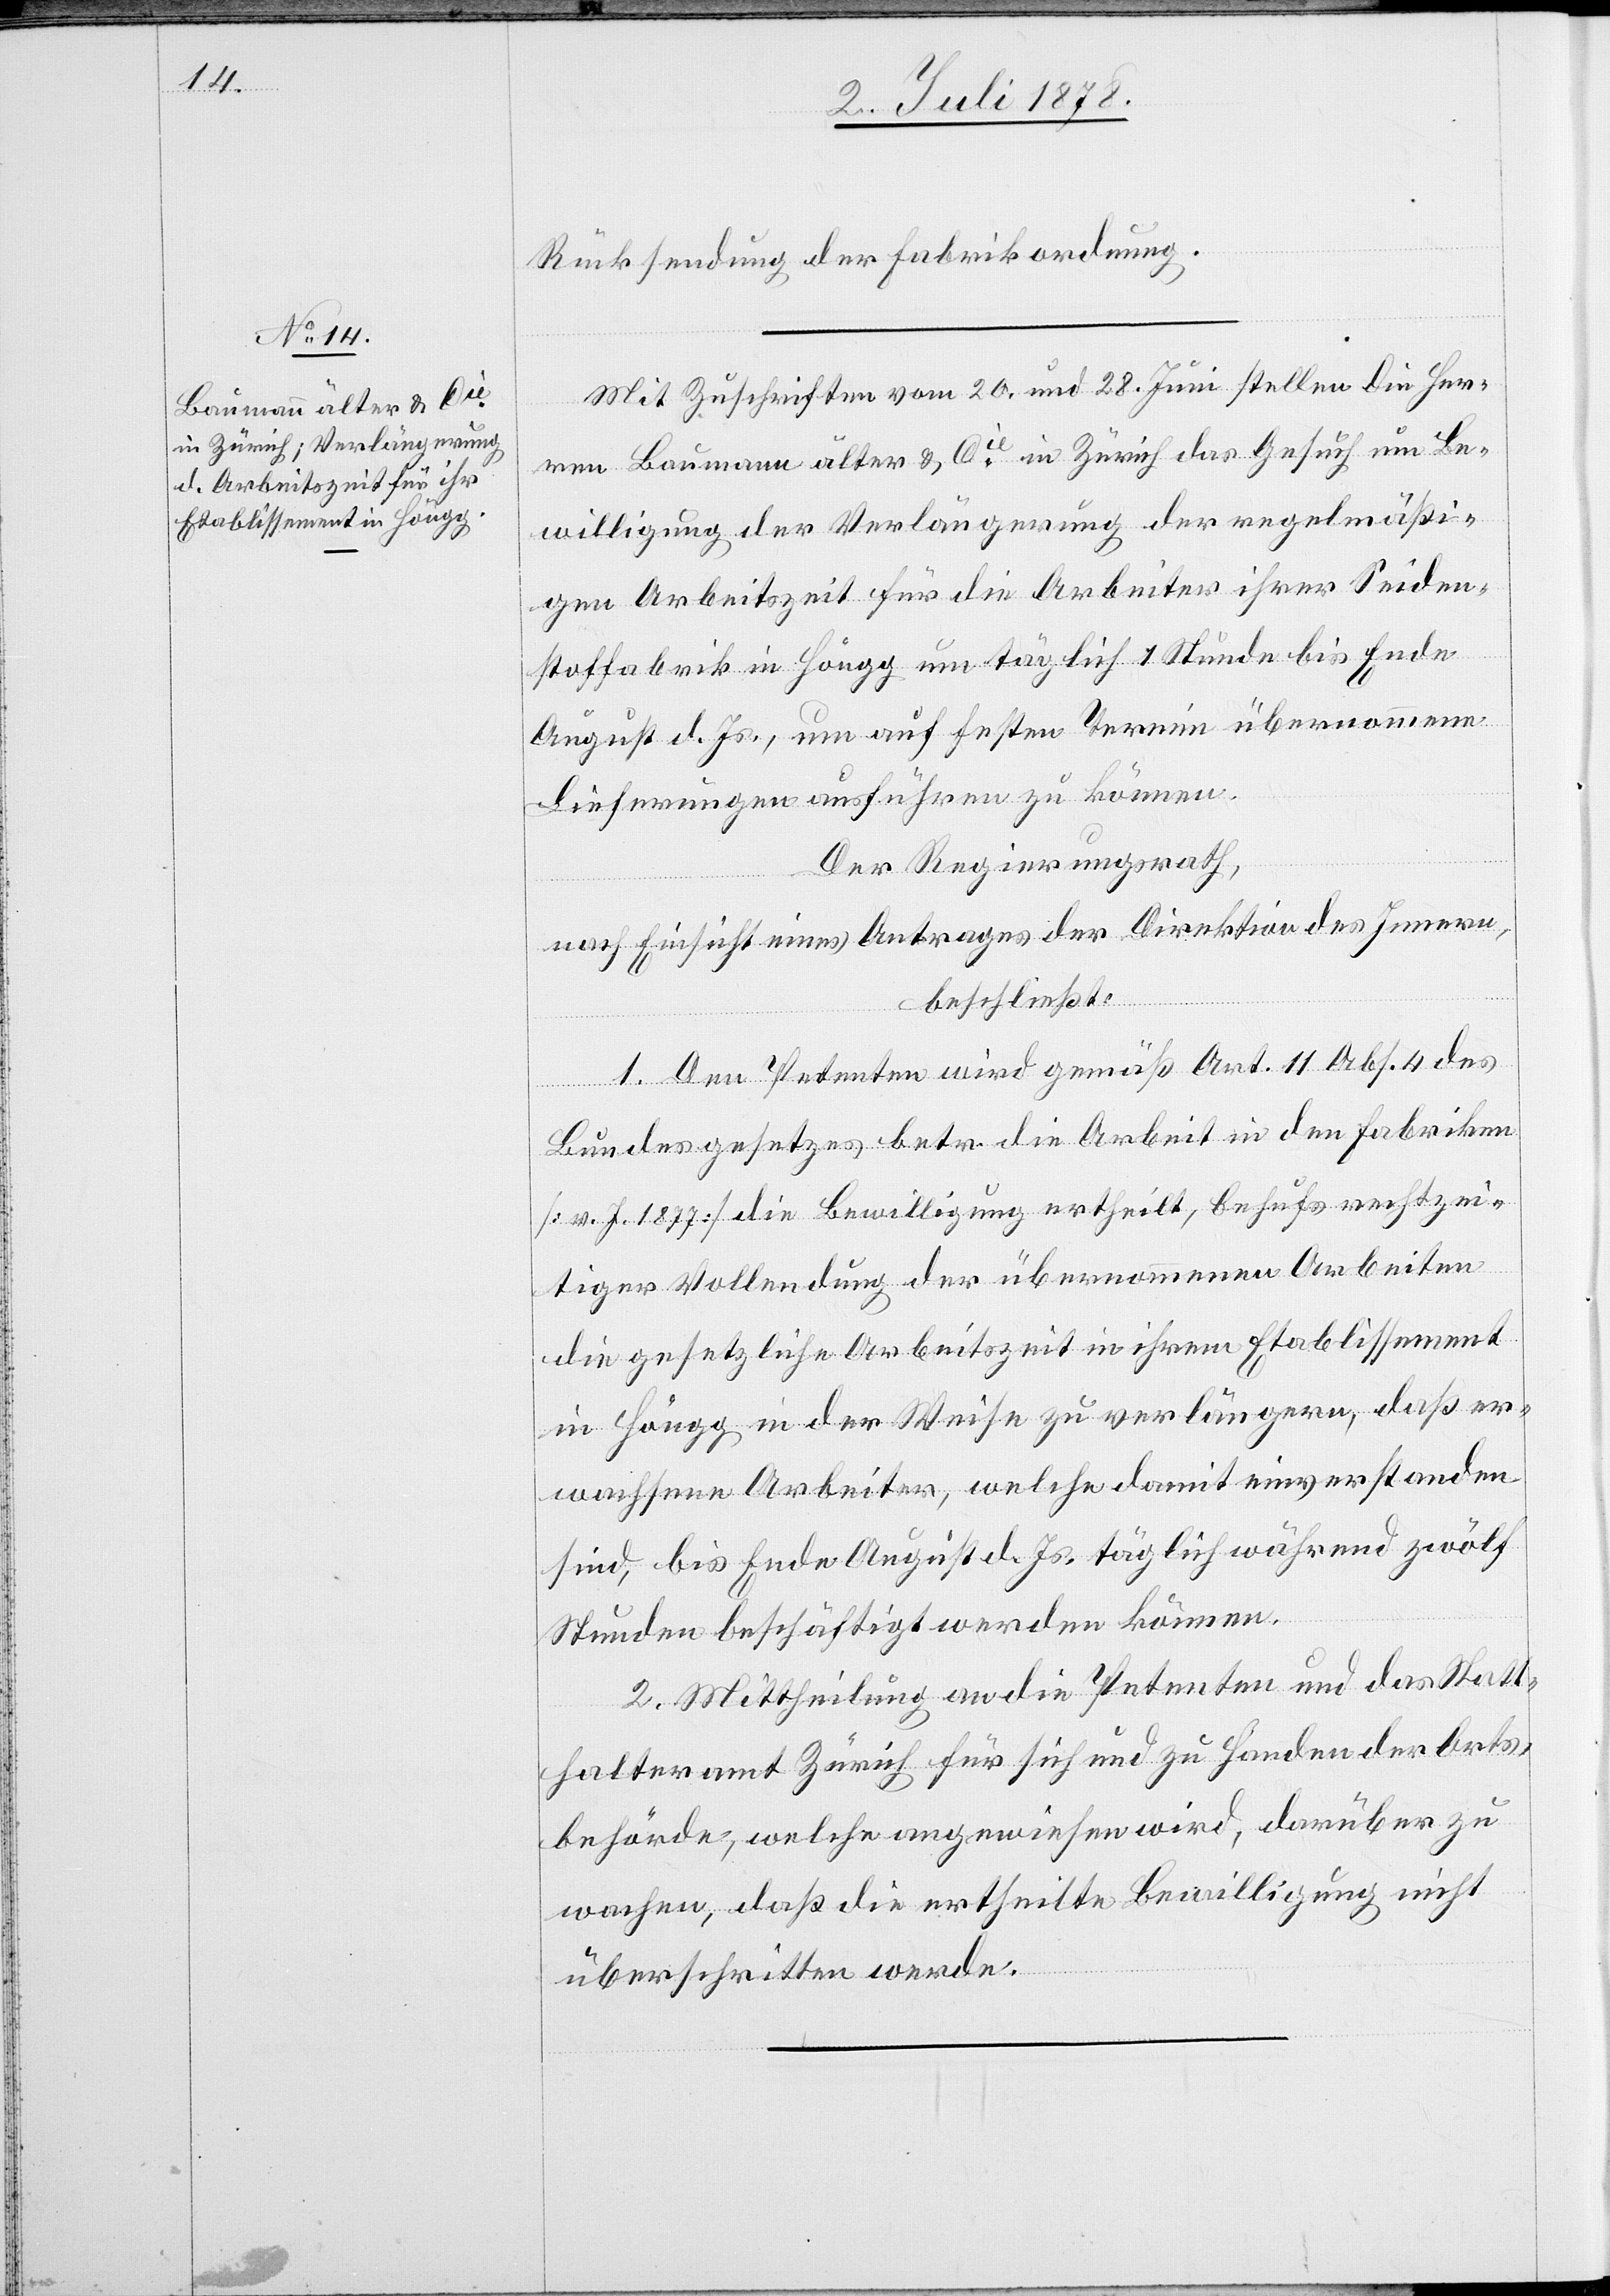
Rücksendung der Fabrikordnung.
Mit Zuschriften vom 20. und 28. Juni stellen die Her¬
ren Baumann älter & Cie in Zürich das Gesuch um Be¬
willigung der Verlängerung der regelmäßi¬
gen Arbeitszeit für die Arbeiter ihrer Seiden¬
stoffabrik in Höngg um täglich 1 Stunde bis Ende
August d. Js., um auf festen Termin übernommene
Lieferungen ausführen zu können.
Der Regierungsrath,
nach Einsicht eines Antrages der Direktion des Innern,
beschließt:
1. Den Petenten wird gemäß Art. 11 Abs. 4 des
Bundesgesetzes betr. die Arbeit in den Fabriken
[v. J. 1877] die Bewilligung ertheilt, behufs rechtzei¬
tiger Vollendung der übernommenen Arbeiten
die gesetzliche Arbeitszeit in ihrem Etablissement
in Höngg in der Weise zu verlängern, daß er¬
wachsene Arbeiter, welche damit einverstanden
sind, bis Ende August d. Js. täglich während zwölf
Stunden beschäftigt werden können.
2. Mittheilung an die Petenten und das Statt¬
halteramt Zürich für sich und zu Handen der Orts¬
behörde, welche angewiesen wird, darüber zu
wachen, daß die ertheilte Bewilligung nicht
überschritten werde.